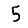
Digit: 5